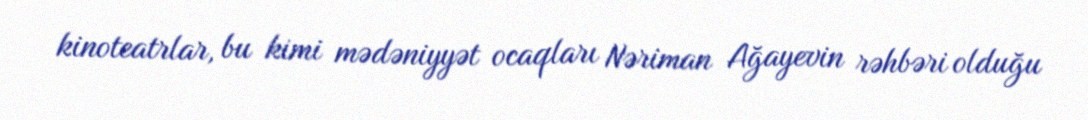
kinoteatrlar, bu kimi mədəniyyət ocaqları Nəriman Ağayevin rəhbəri olduğu